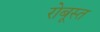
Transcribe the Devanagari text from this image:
रोबूस्त